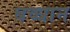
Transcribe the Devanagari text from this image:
बव्धान